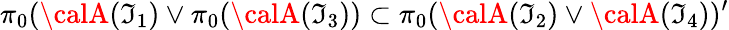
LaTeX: \pi_{0}({\calA}(\mathfrak{I}_{1})\vee\pi_{0}({\calA}(\mathfrak{I}_{3}))\subset\pi_{0}({\calA}(\mathfrak{I}_{2})\vee{\calA}(\mathfrak{I}_{4}))^{\prime}